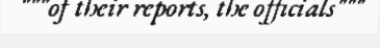
"""of their reports, the officials"""